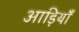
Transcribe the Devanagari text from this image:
आड़ियाँ